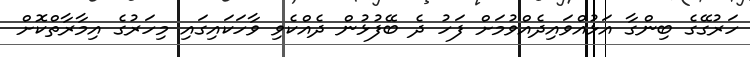
ހަރުގޭގެ ބިންގާ އަޅުއްވައިދެއްވުމަށް ފަހު ދެ ބޭފުޅުން ދެއްކެވި ވާހަކައިގައި މިހަރުގެ އިމާރާތްކޮށް